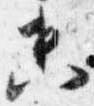
未